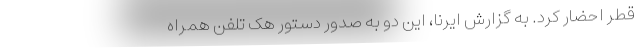
قطر احضار کرد. به گزارش ایرنا، این دو به صدور دستور هک تلفن همراه